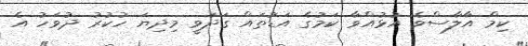
ކިމް އާލާސްވެ އުޅުއްވާ ކަމުގެ އަޑުތައް ގަދަވީ މިދިޔަ ހުކުރު ދުވަހު އެ